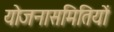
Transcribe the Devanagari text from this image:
योजनासमितियों